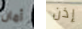
أمان إذن